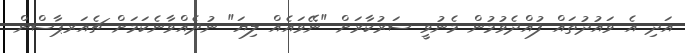
އަދި އެ ވައުދުތައް ފުއްދެވުމުން މެނުވީ ސަރުކާރަށް "ނޭވައެއް ލިޔަ" ނުދެއްވާނެކަމަށް ޗެއަރޕާސްން